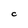
Character: c